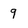
Character: 9